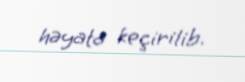
həyata keçirilib.